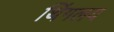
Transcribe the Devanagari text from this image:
थिंगलय